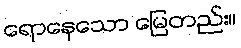
ရောနေသော မြေတည်း။